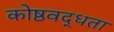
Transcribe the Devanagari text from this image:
कोष्ठवद्धता